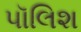
પૉલિશ